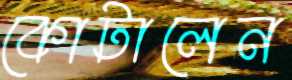
কোটালেন